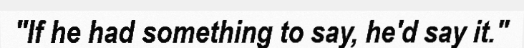
"If he had something to say, he'd say it."